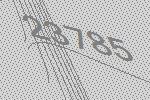
23785